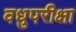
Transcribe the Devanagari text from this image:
वधुपरीक्षा